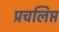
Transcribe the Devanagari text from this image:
प्रचलिप्त